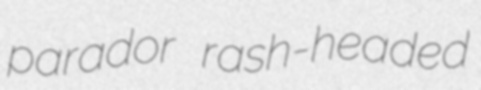
parador rash-headed